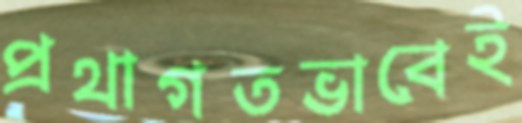
প্রথাগতভাবেই